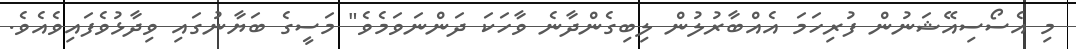
މި އެސޯސިއޭޝަނުން ފުރިހަމަ އެއްބާރުލުން ލިބިގެންދާނެ ވާހަކަ ދަންނަވަމެވެ" މަސީގެ ބަޔާނުގައި ވިދާޅުވެފައިވެއެވެ.